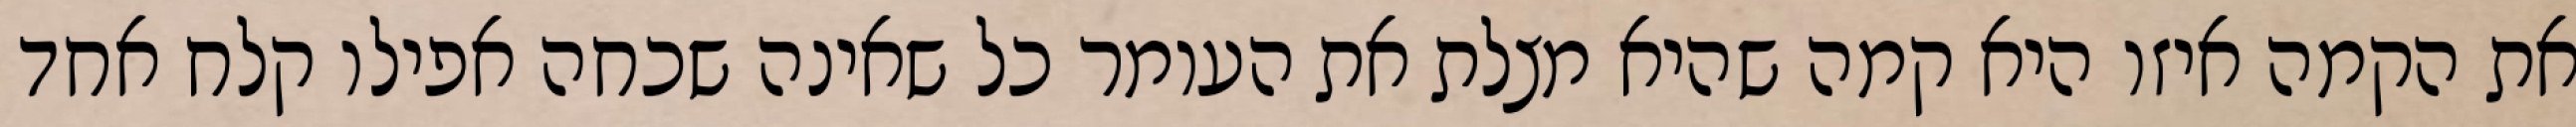
את הקמה איזו היא קמה שהיא מצלת את העומר כל שאינה שכחה אפילו קלח אחד